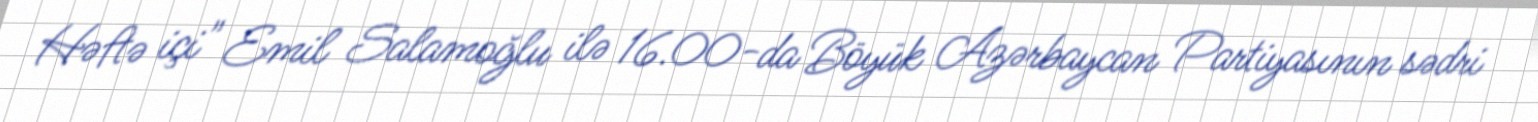
Həftə içi" Emil Salamoğlu ilə 16.00-da Böyük Azərbaycan Partiyasının sədri